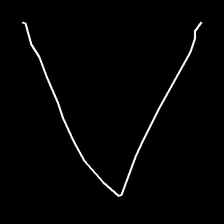
Glyph: region